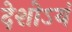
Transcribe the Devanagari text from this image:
देशोऽयं